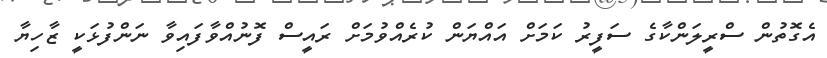
އެގޮތުން ސްރީލަންކާގެ ސަފީރު ކަމަށް އައްޔަން ކުރެއްވުމަށް ރައީސް ފޮނުއްވާފައިވާ ނަންފުޅަކީ ޒާހިޔާ